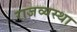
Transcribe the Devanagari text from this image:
राजव्यस्था